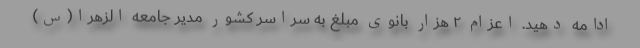
ادامه دهید. اعزام ۲ هزار بانوی مبلغ به سراسر کشور مدیر جامعه الزهرا(س)